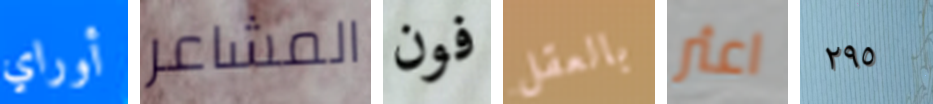
أوراي المشاعر فون بالعقل اعثر ٢٩٥